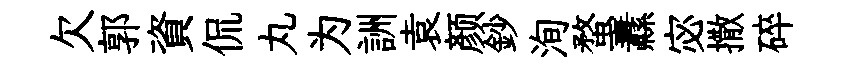
欠郭資侃丸为詶袁颜鈔洵蝥纛宓撒碎